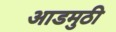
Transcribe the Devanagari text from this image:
आडमुठी